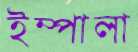
ইম্পালা